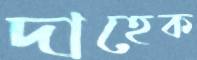
দাহেক